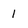
Character: 1